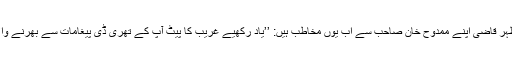
عرفان اطہر قاضی اپنے ممدوح خان صاحب سے اب یوں مخاطب ہیں: ’’یاد رکھیے غریب کا پیٹ آپ کے تھری ڈی پیغامات سے بھرنے والا نہیں‘‘۔